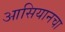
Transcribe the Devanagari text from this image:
आसियानचा